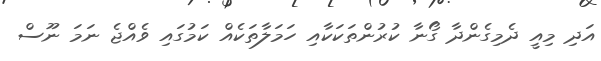
އަދި މިއީ ދެމިގެންދާ ގޯނާ ކުރުންތަކަކާއި ހަމަލާތަކެއް ކަމުގައި ވެއްޖެ ނަމަ ނޫސް